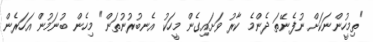
"ތިމީހުންނަކަށް ނުފެނޭތަ ދެންމެ ކާރު ވަށައިގެން މީހަކު އެނބުރުނުތަން" މިހެން ބުނަމުން އަހަރެން